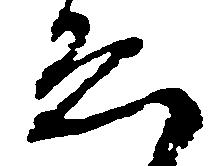
ゑ